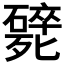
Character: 𣩸